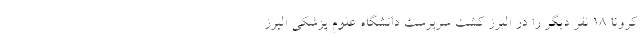
کرونا ۱۸ نفر دیگر را در البرز کشت سرپرست دانشگاه علوم پزشکی البرز